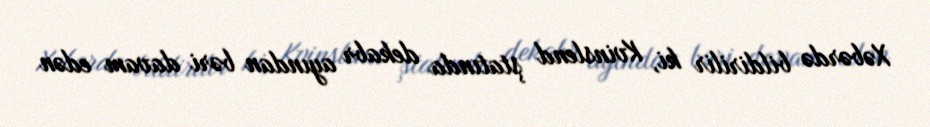
Xəbərdə bildirilir ki, Kvinslend ştatında dekabr ayından bəri davam edən